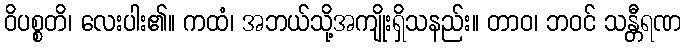
ဝိပစ္စတိ၊ လေးပါး၏။ ကထံ၊ အဘယ်သို့အကျိုးရှိသနည်း။ တာဝ၊ ဘဝင် သန္တီရဏ